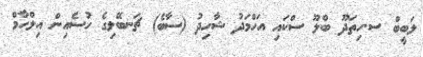
ލަބީބް ސ.ހިތަދޫ ބްލޫ ސްކައި އަހްމަދު ޝާހިދު (ސާބެ) ޗަނބޭލިގެ ހުސެއިން އިލްހާމް